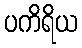
ပကိရိယ